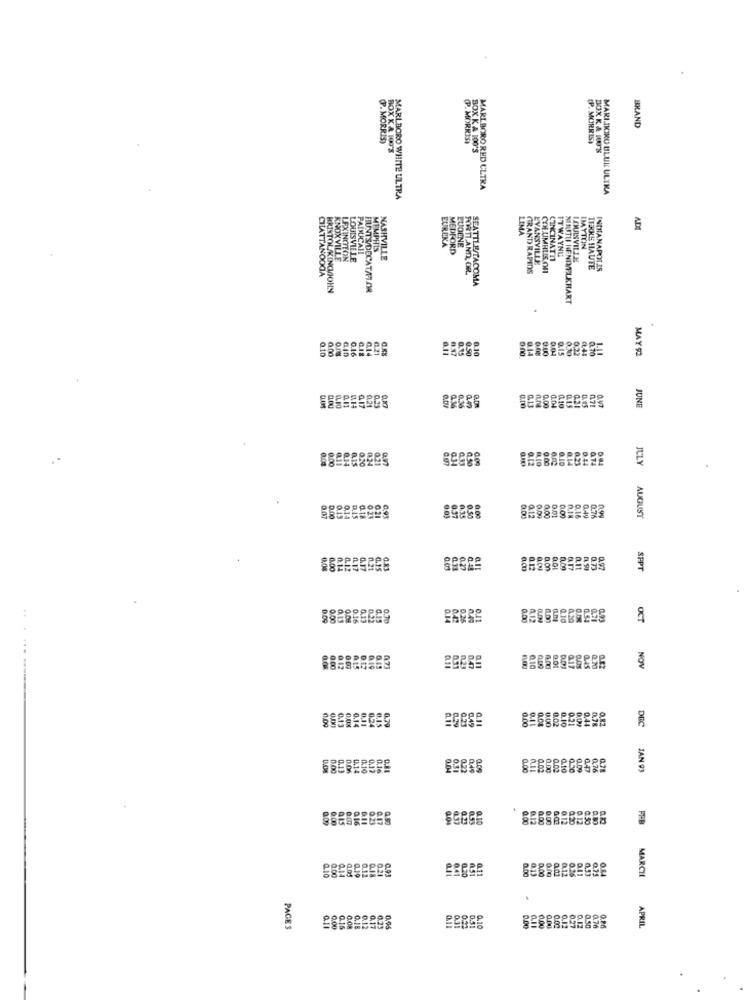
BRAND
(P. MORRIS)
(P. MORRISI
(P. MORRIS)
BOX X & 100'S
BOX K & 100'S
BOX KA IO'S
MARLBORO RED CLTRA
MARI.DIOIRO BLUE ULIKA
MARLBORO WHITE ULTRA
ADI
LIMA
PADUCAH
MEMPHIS
EUREKA
MEDFORD
LUOUNE
DAYTON
KNOXVILLE
LEXINGTON
LOUISVILLE
NASHVILLE
CINCINATTI
ITWAYNIE
CHATTANOOGA
PORTLANDLLOR
GRAND RAPIDS
EVANSVILLE
CON UMRUIS On
TERRE HAUTE
INDIANAPOLIS
SEATTLE/TACOMA
HUNTS DECAT/FOR
MERITLI HENINELKHART
eeeeeeee
0.50
0.10
MAY 92
Q10
0.16
0.00
0.15
0.22
0,45
0,10
6.36
0.13
0.00
4.10
JUNE
0.30
0.12
ILLY
0.00
0.00
0.10
0.44
0.74
0.37
0.35
0.00
0.09
0.00
0.01
AUGUST
0.7
0.00
0.12
0.09
SEPT
0.00
ERESE
0.00
OCT
2.10
NOV
6.09
0.00
DEC
EBEREBERE
0.00
6.10
0.50
0.09
0,76
0.78
JAN 93
popoppe
gegegege
6.41
0.11
0.00
PPO
071
O.R4
MARCH
1.10
0.00
0.51
.
PAGES
0.31
0.00
0.12
0.37
0.50
APRIL